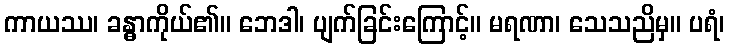
ကာယဿ၊ ခန္ဓာကိုယ်၏။ ဘေဒါ၊ ပျက်ခြင်းကြောင့်။ မရဏာ၊ သေသညိမှ။ ပရံ၊